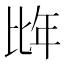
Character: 𭯌